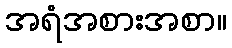
အရံအစားအစာ။